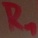
Text: R1